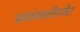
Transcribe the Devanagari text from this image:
सायंकाळीपर्यंत